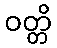
ဝတ္တိ